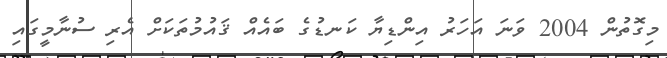
މިގޮތުން 2004 ވަނަ އަހަރު އިންޑިޔާ ކަނޑުގެ ބައެއް ޤައުމުތަކަށް އެރި ސުނާމީގައި